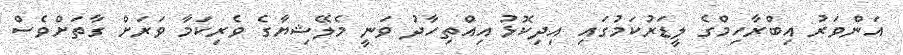
އަންވަރު އިބްރާހިމްގެ ލީޑަރުކަމުގައި އިދިކޮޅު އިއްތިހާދު ވަނީ މެލޭޝިޔާގެ ވެރިކަމާ ވަރަށް ގާތަށްވެސް